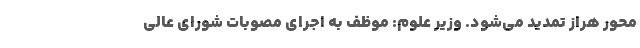
محور هراز تمدید می‌شود. وزیر علوم: موظف به اجرای مصوبات شورای عالی